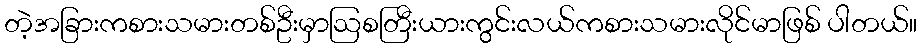
တဲ့အခြားကစားသမားတစ်ဦးမှာဩစတြီးယားကွင်းလယ်ကစားသမားလိုင်မာဖြစ် ပါတယ်။